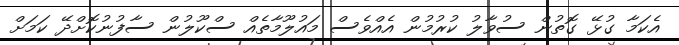
އެކަމާ ގުޅޭ ގޮތުން ސުވާލު ކުރުމުން އެއްވެސް މައުލޫމާތެއް ސްކޫލުން ސާފުނުކޮށްދޭ ކަމަށް